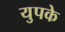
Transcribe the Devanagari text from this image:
युपके